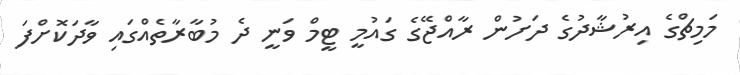
މަމިޗްގެ އިރުޝާދުގެ ދަށުން ރާއްޖޭގެ ގައުމީ ޓީމް ވަނީ ދެ މުބާރާތެއްގައި ވާދަކޮށްފަ